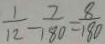
\frac { 1 } { 1 2 } - \frac { 7 } { 1 8 0 } = \frac { 8 } { 1 8 0 }